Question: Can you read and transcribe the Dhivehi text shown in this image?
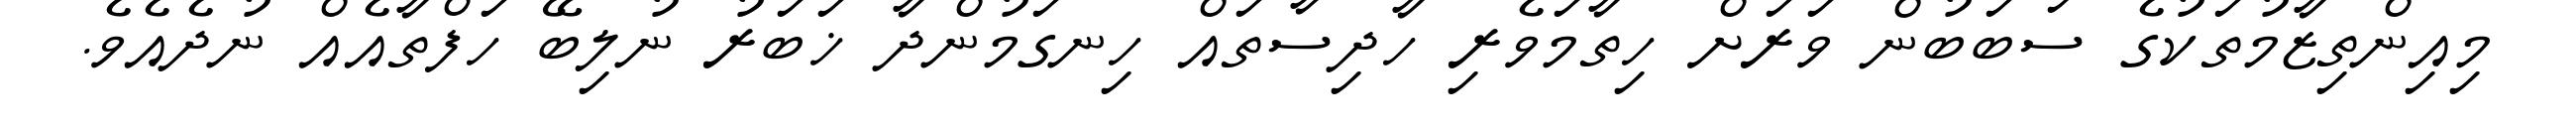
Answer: މިއިންތިޒާމުތަކުގެ ސަބަބުން ވަރަށް ހިތާމަވެރި ހާދިސާތައް ހިނގަމުންދާ ޚަބަރު ނުލިބޭ ހަފްތާއެއް ނުދެއެވެ.